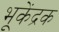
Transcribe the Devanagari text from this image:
भूकेंद्रक